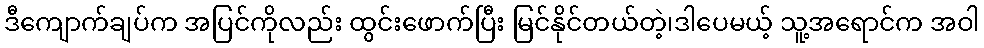
ဒီကျောက်ချပ်က အပြင်ကိုလည်း ထွင်းဖောက်ပြီး မြင်နိုင်တယ်တဲ့၊ဒါပေမယ့် သူ့အရောင်က အဝါ